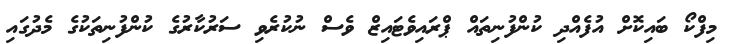
މިފްކޯ ބައިކޮށް އުފެއްދި ކުންފުނިތައް ޕްރައިވެޓައިޒް ވެސް ނުކުރެވި ސަރުކާރުގެ ކުންފުނިތަކުގެ މެދުގައި